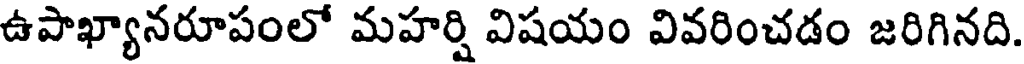
ఉపాఖ్యానరూపంలో మహర్షి విషయం వివరించడం జరిగినది.